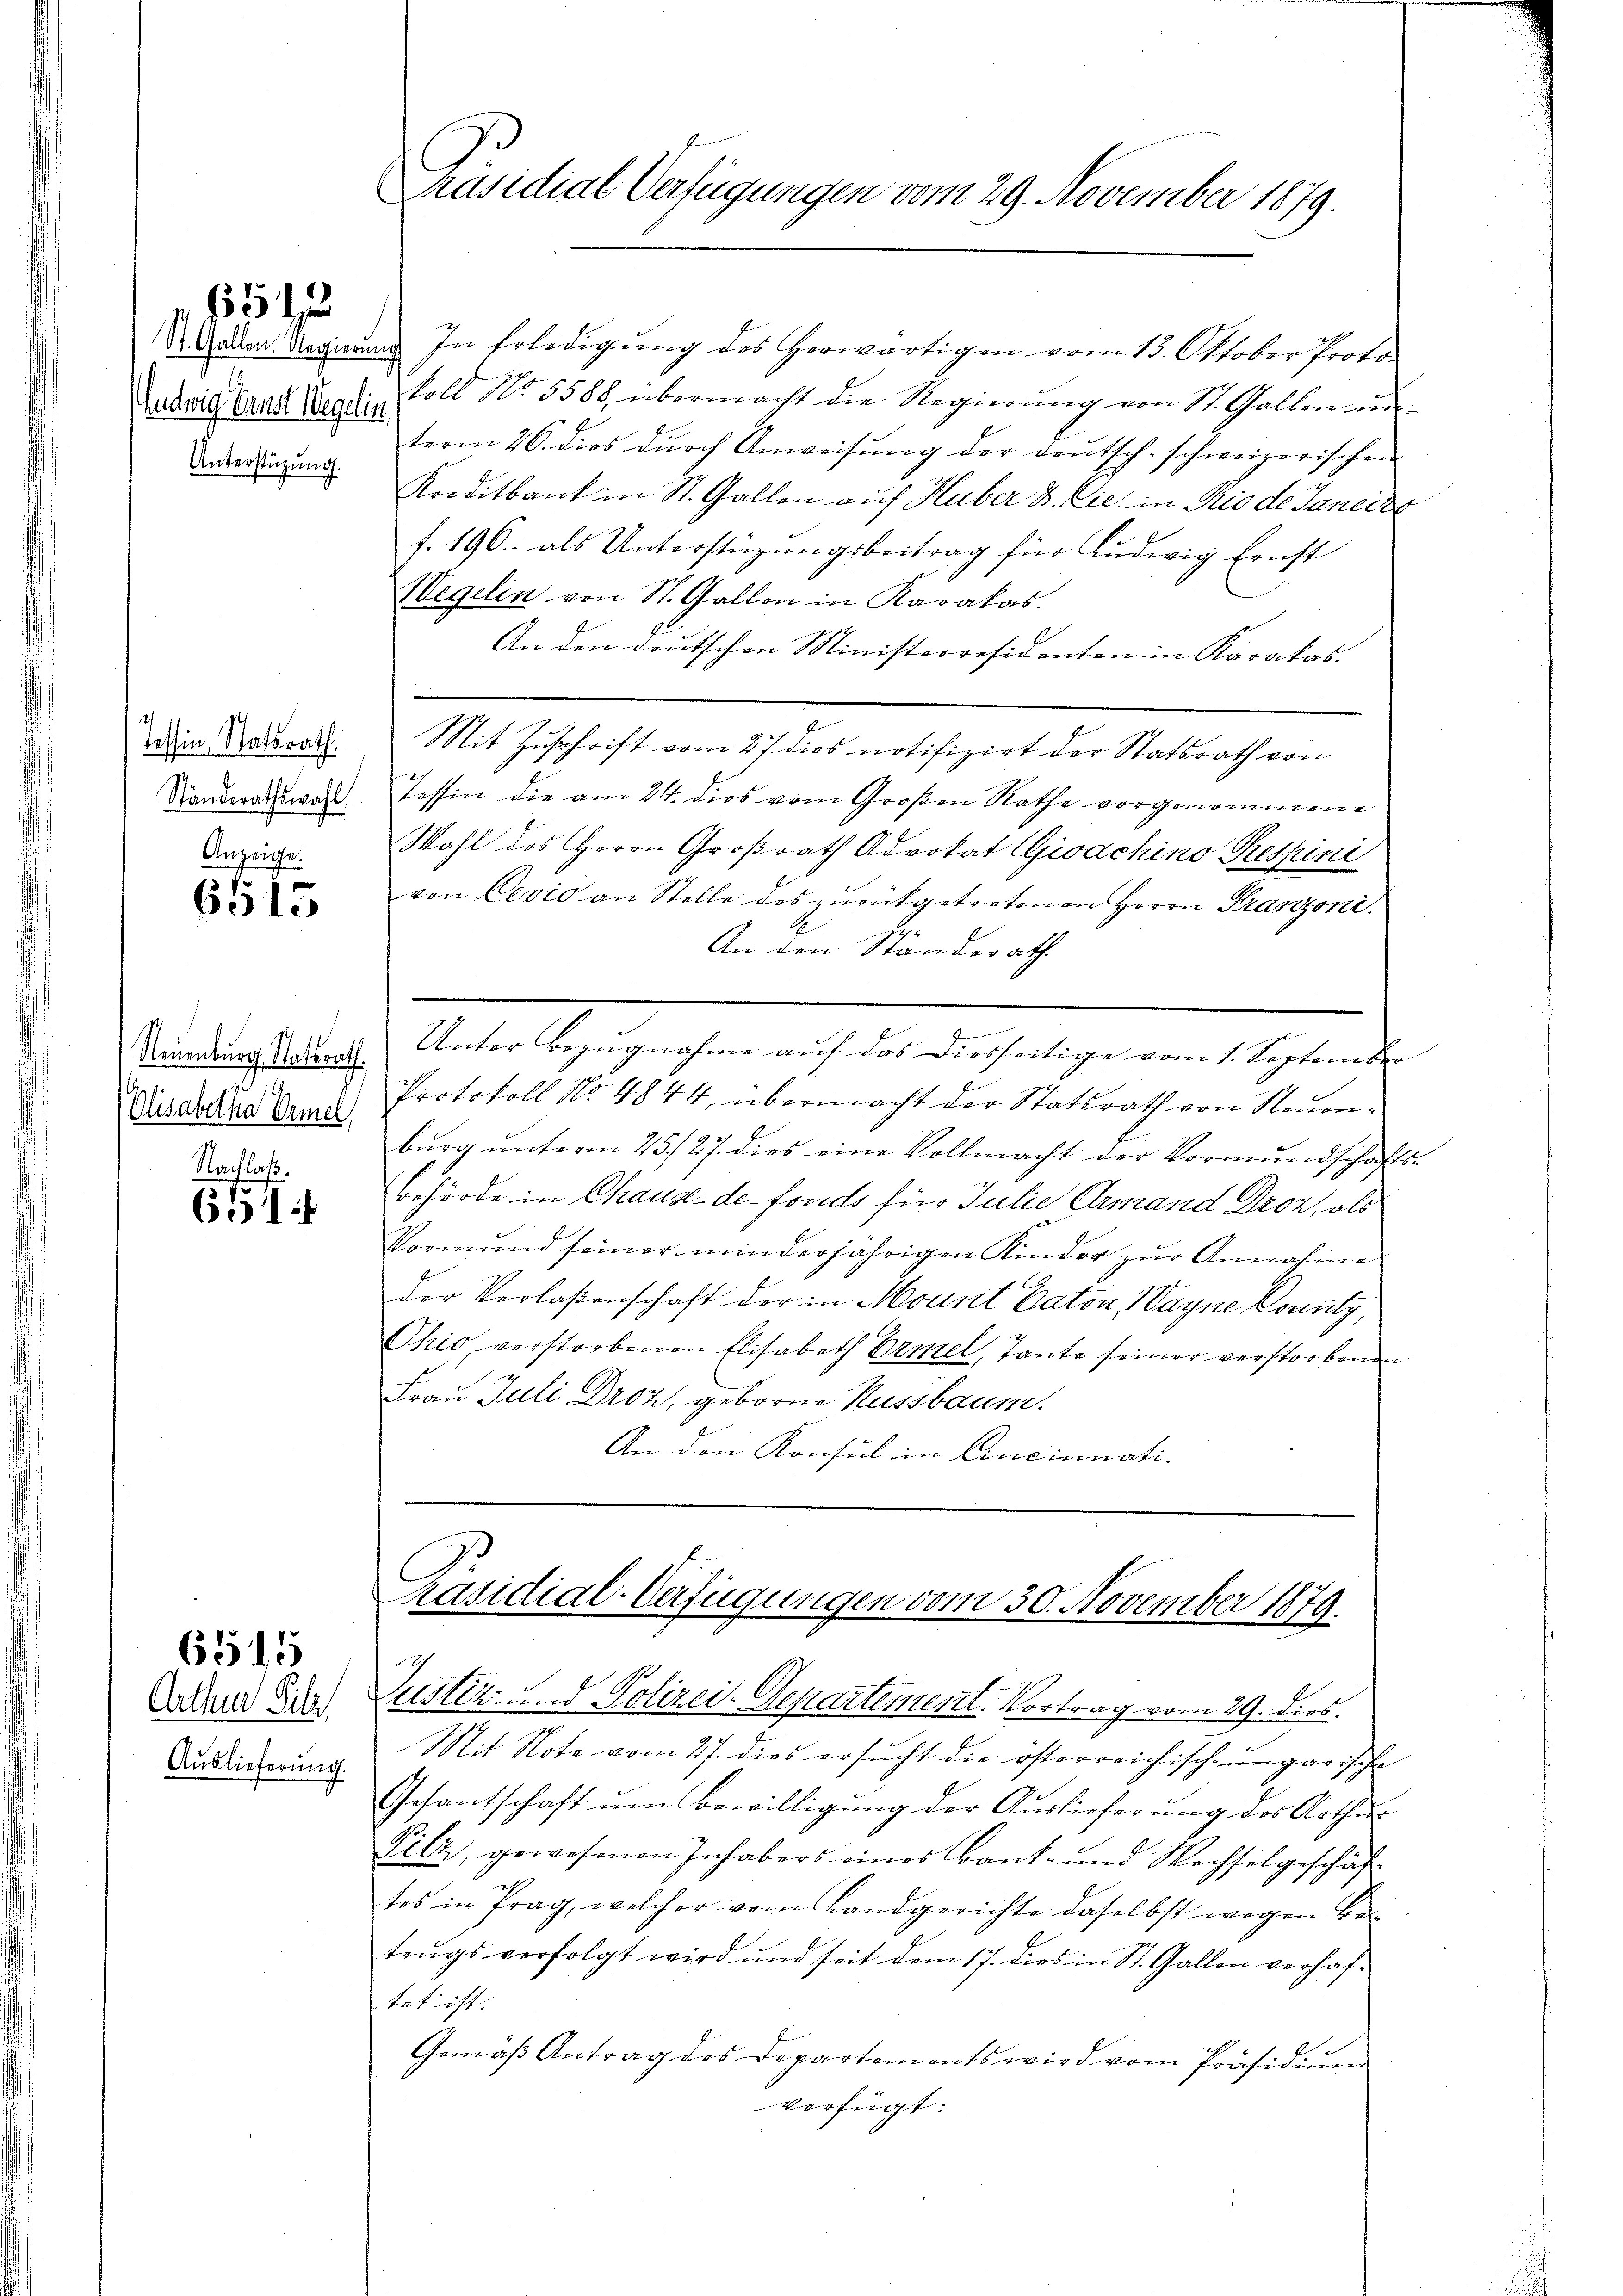
Andwig Denst Wegelin
Unterstüzung.

654

Tessin, Statsrath.
Standerathswahl
Anzeige.

6515

Neuenburg Statsrath
Elisabetha Ermel,

Nachlaß.
631

Arthur Sil
Auslieferung.

6515

Präsidial-Verfügungen vom 29. November 1879.

St. Gallen Regierung. In Erledigŭng des herwärtigen vom 13. Oktober Proto-
koll No. 5588, übermacht die Regierŭng von St. Gallen in
term 26. dies dŭrch Anweisŭng der deutsch-schweizerischen
Kreditbank in St. Gallen auf Huber B. Cie in Rio de Janeir
f. 196. als Unterstüzungsbeitrag für Ludwig Ernst
Wegelin von St. Gallon in Karakas.
An den deutschen Ministerresidenten in Karakas.
Mit Zuschrift vom 27. dies notifizirt der Statsrath von
Tessin die am 24. dies vom Großen Rathe vorgenommene
Wahl des Herrn Großrath Advokat Gioachino Respini
von Cevio an Stelle des zurükgetretenen Herrn Franzoni¬
An den Standsrath
u
Unter Bezugnahme auf das Diesseitige vom 1. September
Protokoll No 4844, übermacht der Statsrath von Neuenbŭrg ŭnterm 25./27. dies eine Vollmacht der Vormŭndschafts-
Behörde in Chaux-de-Fonds für Julie Ermand Droz, als
Vormund seiner minderjährigen Kinder zur Annahme
der Verlaßenschaft der in Mount Paten, Wayne County,
Ohio, verstorbenen Elisabeth Ermel, Tante seiner verstorbenen
Frau Juli Droz, geborne Russbaum.
An den Konsul in Cincinuati-

Präsidial-Verfügungen vom 30. November 1879.

Justiz u. Polizei-Departement. Vortrag vom 29. dies.
Mit Note vom 27. dies ersucht die österreichisch-ungarische
Gesantschaft ŭm Bewilligung der Auslieferung des Arthur
Filz, gewesenen Inhabers eines Bank- und Wechselgeschäf
tes in Prag, welcher vom Landgerichte daselbst wegen Betrugs verfolgt wird und seit dem 17. dies in St. Gallen verhaftet ist. |
Gemäβ Antrag des Departemonts wird vom Präsidiŭm
verfügt: